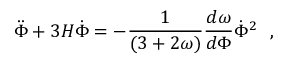
{ { \ddot { \Phi } + 3 H \dot { \Phi } = - { \frac { 1 } { ( 3 + 2 \omega ) } } { \frac { d \omega } { d \Phi } } \dot { \Phi } ^ { 2 } } \ \ , }